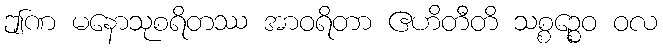
ဤဏ မနောသုစရိတဿ အာဝရိတာ ဧဟိတီတိ သစ္စဉ္စေဝ ဝလ